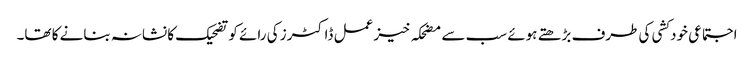
اجتماعی خودکشی کی طرف بڑھتے ہوئے سب سے مضحکہ خیز عمل ڈاکٹرز کی رائے کو تضحیک کا نشانہ بنانے کا تھا۔